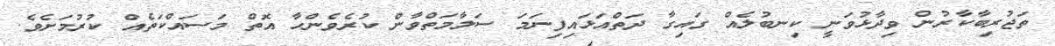
ތަޖުރިބާކާރުން ވިދާޅުވަނީ ކިނބުލެއް ގައިގާ ދަތްއަޅައިފިނަމަ ސަލާމަތްވާން ކުރެވެންހާ އޮތް މަސައްކަތެއް ކުރުމަށެވެ.